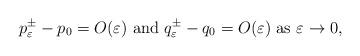
LaTeX: \begin{align*} p_\varepsilon^\pm-p_0=O(\varepsilon)\ \textrm{and}\ q_\varepsilon^\pm-q_0=O(\varepsilon)\ \textrm{as}\ \varepsilon\to 0,\end{align*}